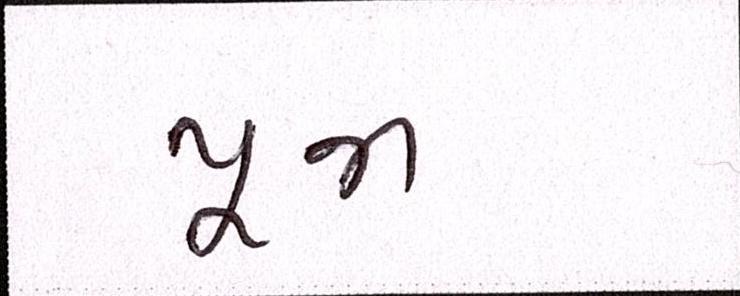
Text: પૂજા